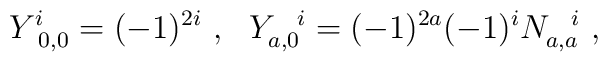
Y^i_{~0,0} = (-1)^{2i} ~, ~~Y_{a,0}^{~~i} = (-1)^{2a} (-1)^i N^{~~i}_{a,a} ~,